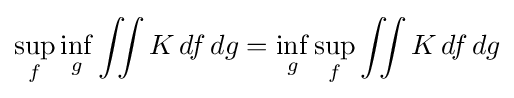
\sup _{f}\inf _{g}\iint K\,df\,dg=\inf _{g}\sup _{f}\iint K\,df\,dg